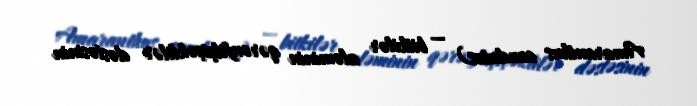
Amaranthus caudatus) — bitkilər aləminin qərənfilçiçəklilər dəstəsinin